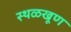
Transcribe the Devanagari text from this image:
स्थळखूण